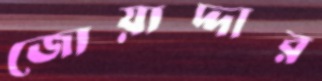
জোয়াদ্দার